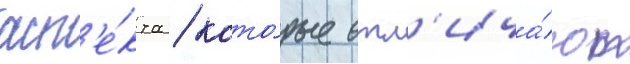
асп'е́кта / кото́рые отл'ича́ют